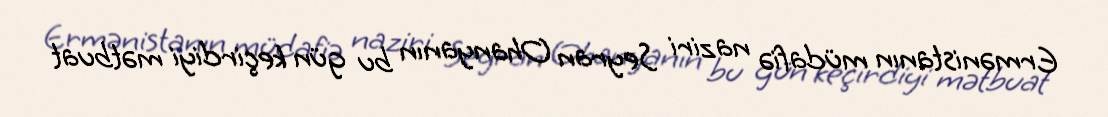
Ermənistanın müdafiə naziri Seyran Ohanyanın bu gün keçirdiyi mətbuat